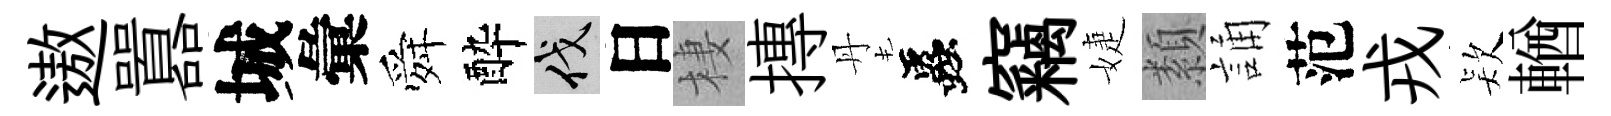
遨囂城彙舜酔伐日棲摶丹蟲竊婕纇誦范戎𣣇輶